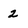
Character: 2